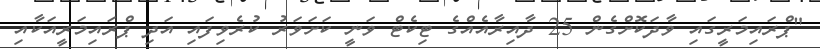
"ޕްރައިމަރީގައި ވާދަކޮށްގެން 25 ދާއިރާއެއްގެ ޓިކެޓް ވަނީ ކަށަވަރު ކުރެވިފައި އަދި ޕްރައިމަރީއަކާއި